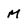
Character: M